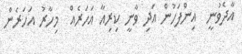
އާދެވުނީ  އިންފަހުން އަދި ވާނީ ކިރިއާ އަހަރެއް  މިހާރު އަހަރެން